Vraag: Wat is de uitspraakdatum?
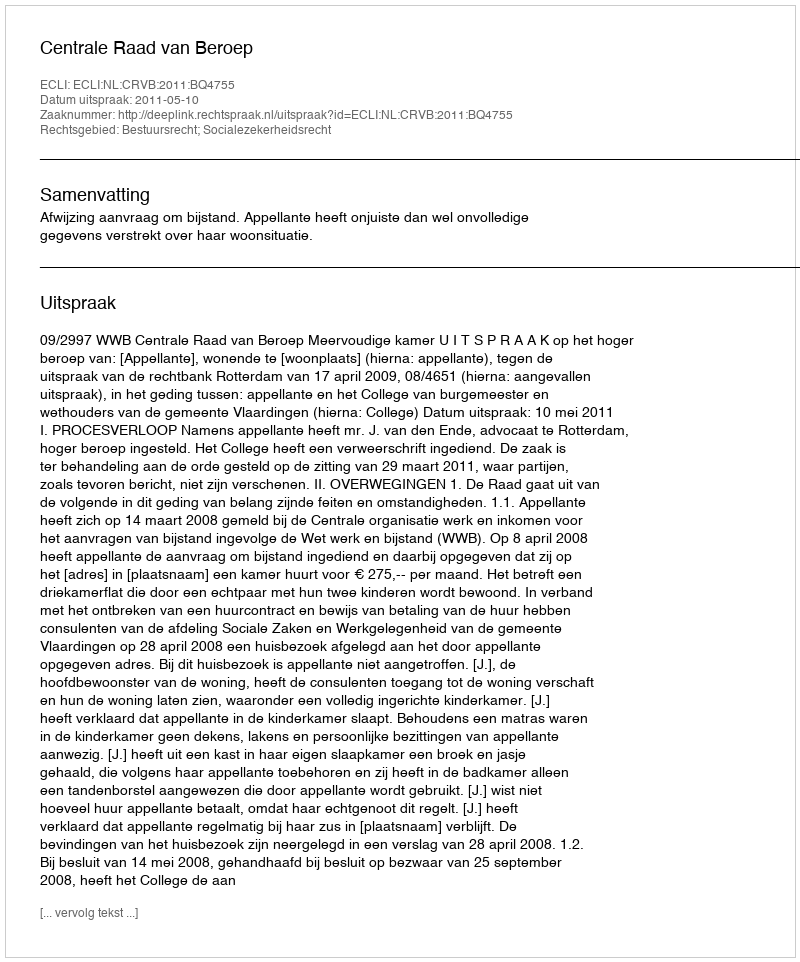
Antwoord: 2011-05-10